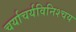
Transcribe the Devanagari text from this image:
चर्याचर्यविनिश्चय